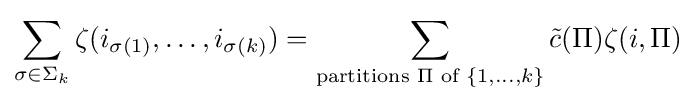
\sum _{\sigma \in \Sigma _{k}}\zeta (i_{\sigma (1)},\dots ,i_{\sigma (k)})=\sum _{{\text{partitions }}\Pi {\text{ of }}\{1,\dots ,k\}}{\tilde {c}}(\Pi )\zeta (i,\Pi )